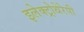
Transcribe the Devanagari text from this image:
इलेक्ट्रोथेरेपी